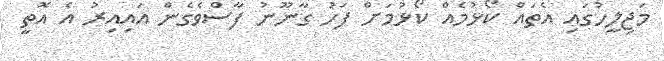
މަޖިލީހުގައި އެތައް ކޯޅުމެއް ކޯޅުމަށް ފަހު ގާނޫނު ފާސްވެގެން އައިއިރު އެ އޮތީ